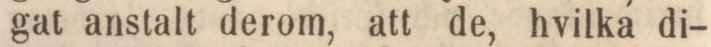
gat anstalt derom, att de, hvilka di-